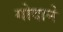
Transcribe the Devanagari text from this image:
गोदाने